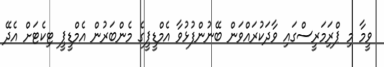
ވީމާ މި ޕްރަިމަރީސްގައި ވާދަކުރައްވަން ބޭނުންފުޅުވާ އެމްޑީޕީގެ މެންބަރުން އެމްޑީޕީ ޓިކެޓަށް އެދޭ